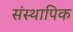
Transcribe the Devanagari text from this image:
संस्थापिक